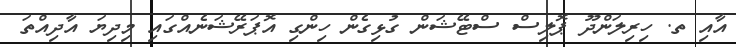
އާއި ތ. ހިރިލަންދޫ ޕޮލިސް ސްޓޭޝަން ގުޅިގެން ހިންގި އޮޕަރޭޝަނެއްގައި މިދިޔަ އާދިއްތަ